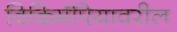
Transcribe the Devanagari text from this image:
विकिमॅपियावरील